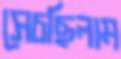
সেচছিলাম